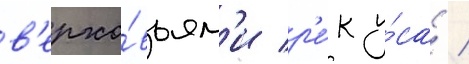
в'ерхо́вьям'и р'е́к у́са /